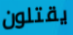
يقتلون